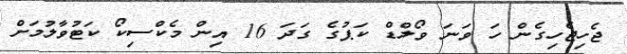
ޖެހިޖެހިގެން ހަ ވަނަ ވޯލްޑް ކަޕުގެ ގަދަ 16 އިން މެކްސިކޯ ކަޓުވާލުމަށް